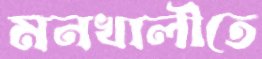
মনখালীতে